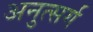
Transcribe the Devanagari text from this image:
अनुत्सर्ग